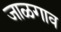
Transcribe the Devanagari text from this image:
जाळगाव